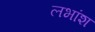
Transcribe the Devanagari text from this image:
लभांश